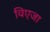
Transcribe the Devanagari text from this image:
विएजा